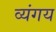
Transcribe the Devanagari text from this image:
व्यंगय